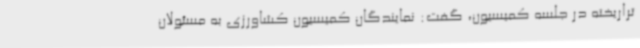
تراریخته در جلسه کمیسیون، گفت: نمایندگان کمیسیون کشاورزی به مسئولان